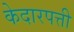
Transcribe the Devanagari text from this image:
केदारपत्ती